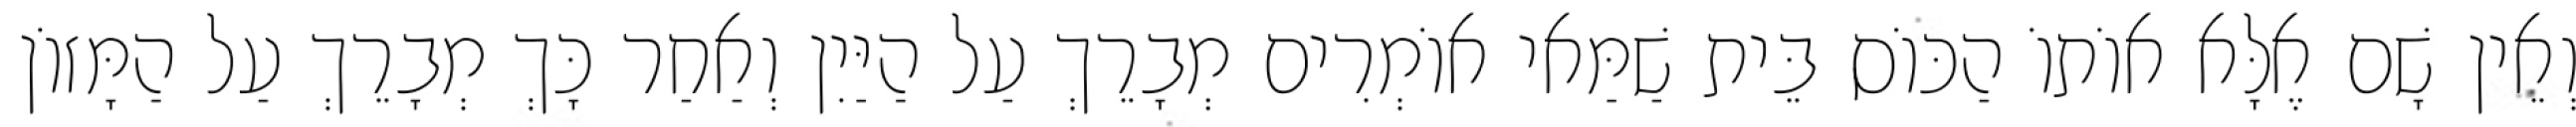
וְאֵין שָׁם אֶלָּא אוֹתוֹ הַכּוֹס בֵּית שַׁמַּאי אוֹמְרִים מְבָרֵךְ עַל הַיַּיִן וְאַחַר כָּךְ מְבָרֵךְ עַל הַמָּזוֹן